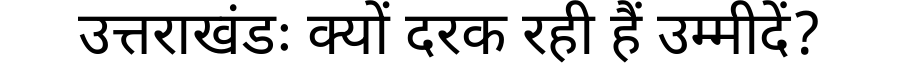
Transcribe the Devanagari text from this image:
उत्तराखंडः क्यों दरक रही हैं उम्मीदें?